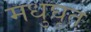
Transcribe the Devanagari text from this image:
मधुघृत